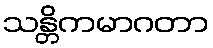
သန္တိကမာဂတာ